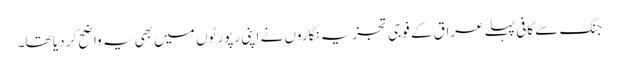
جنگ سے کافی پہلے عراق کے فوجی تجزیہ نگاروں نے اپنی رپورٹوں میں بھی یہ واضح کر دیا تھا۔